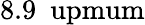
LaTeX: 8.9~\mathrm{\ upmum}